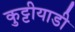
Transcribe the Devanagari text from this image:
कुट्टीयाडी